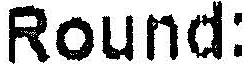
ROUND: